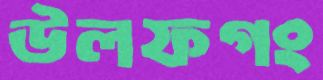
উলফগং